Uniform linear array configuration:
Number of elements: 32
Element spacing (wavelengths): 0.25
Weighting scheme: cosine
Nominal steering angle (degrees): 45
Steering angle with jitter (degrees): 44.16
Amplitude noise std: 0.05
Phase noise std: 0.05

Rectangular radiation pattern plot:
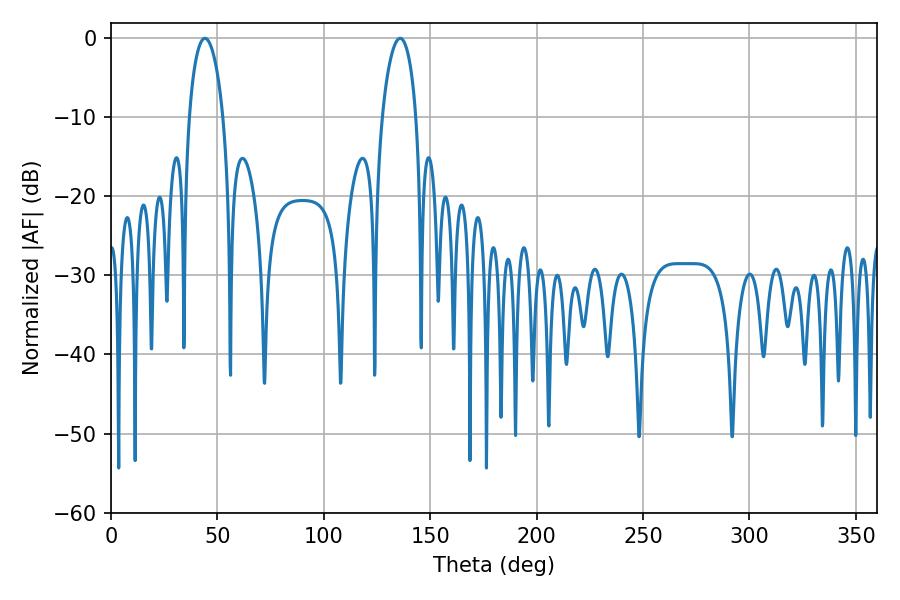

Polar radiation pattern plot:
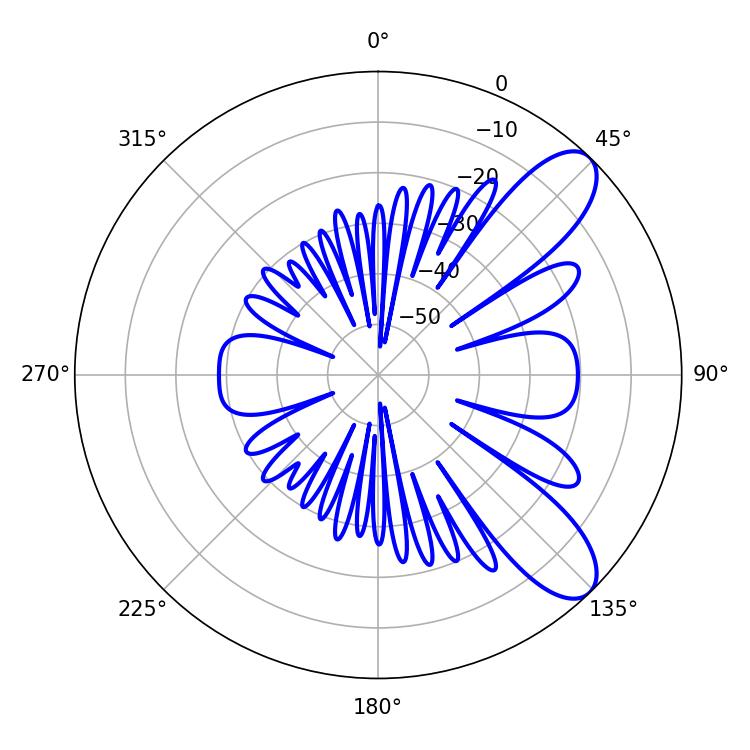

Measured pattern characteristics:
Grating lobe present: FALSE
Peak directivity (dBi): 9.127
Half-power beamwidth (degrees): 9.18
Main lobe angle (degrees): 44.1